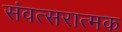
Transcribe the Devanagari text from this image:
संवत्सरात्मक